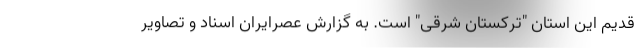
قدیم این استان "ترکستان شرقی" است. به گزارش عصرایران اسناد و تصاویر